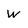
Character: W